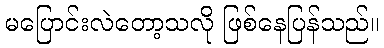
မပြောင်းလဲတော့သလို ဖြစ်နေပြန်သည်။